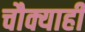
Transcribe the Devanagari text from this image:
चौक्याही